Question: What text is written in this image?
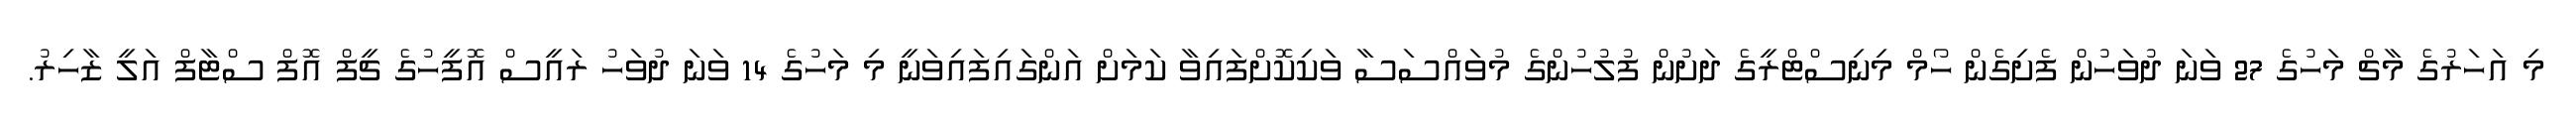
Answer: މި އަހަރުގެ މާޗް މަހުގެ 27 ވަނަ ދުވަހުން ފެށިގެން ހޯމް މިނިސްޓްރީގެ ދަށުން ފުލުހުންގެ މުވައްސަސާ ވަކިކޮށްފައިވާ ކަމަށް އަންގައިފައިވަނީ މި މަހުގެ 14 ވަނަ ދުވަހު ރައީސް އޮފީހުގެ ޗީފް އޮފް ސްޓާފް އަލީ ޒާހިރު.